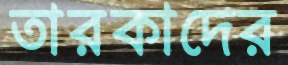
তারকাদের